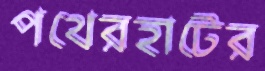
পথেরহাটের